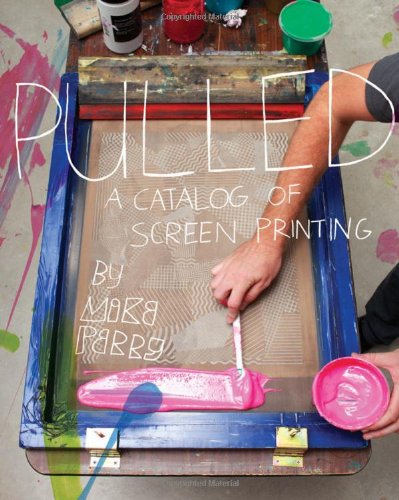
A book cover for Pulled: A Catalog of Screen Printing; Arts & Photography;